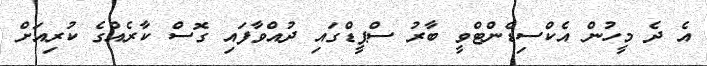
އެ ދެ މީހުން އެކްސިޑެންޓްވީ ބާރު ސްޕީޑްގައި ދުއްވާފައި ގޮސް ކާރެއްގެ ކުރިއަށް